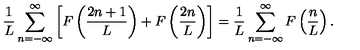
\frac { 1 } { L } \sum _ { n = - \infty } ^ { \infty } \left[ F \left( \frac { 2 n + 1 } { L } \right) + F \left( \frac { 2 n } { L } \right) \right] = \frac { 1 } { L } \sum _ { n = - \infty } ^ { \infty } F \left( \frac { n } { L } \right) .